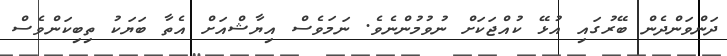
ދަންްވަންދެން ބޭރުގައި އުޅޭ ކުއްޖަކަށް ނުވުމުންނެވެ. ނަމަވެސް އިޔާޝްއަށް އެތާ ބަޔަކު ތިބިކަންވެސް